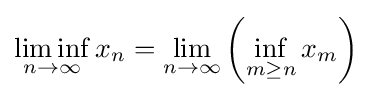
\liminf _{n\to \infty }x_{n}=\lim _{n\to \infty }\left(\inf _{m\geq n}x_{m}\right)